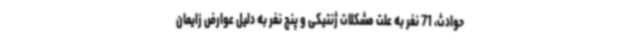
حوادث، 71 نفر به علت مشکلات ژنتیکی و پنج نفر به دلیل عوارض زایمان